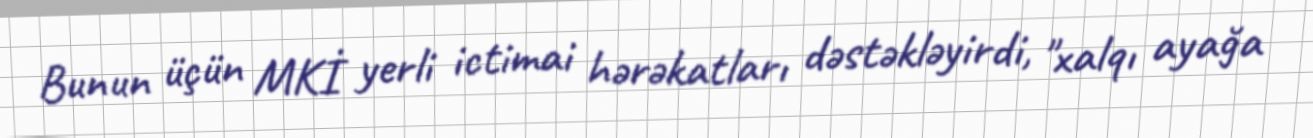
Bunun üçün MKİ yerli ictimai hərəkatları dəstəkləyirdi, "xalqı ayağa